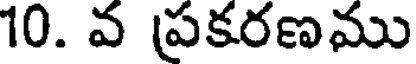
10. వ ప్రకరణము